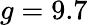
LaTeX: g=9.7